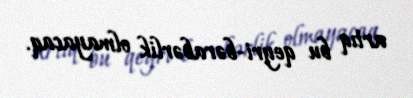
artıq bu qeyri-bərabərlik olmayacaq.